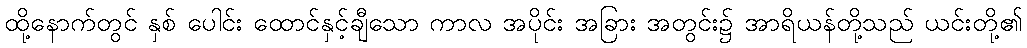
ထို့နောက်တွင် နှစ် ပေါင်း ထောင်နှင့်ချီသော ကာလ အပိုင်း အခြား အတွင်း၌ အာရိယန်တို့သည် ယင်းတို့၏